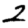
Digit: 2